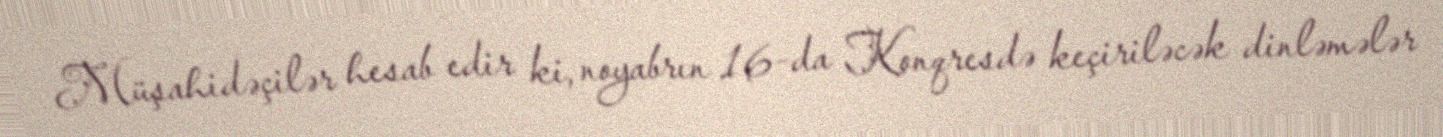
Müşahidəçilər hesab edir ki, noyabrın 16-da Konqresdə keçiriləcək dinləmələr